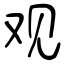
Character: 观